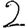
Digit: 2